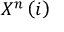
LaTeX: X ^ { n } \left( i \right)